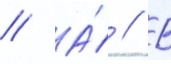
// А́ // В